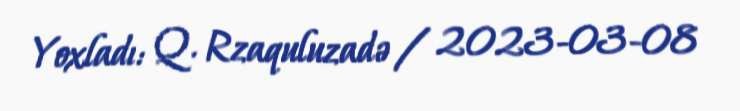
Yoxladı: Q. Rzaquluzadə / 2023-03-08